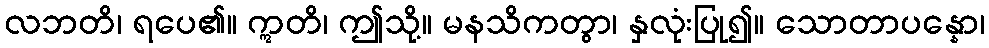
လဘတိ၊ ရပေ၏။ ဣတိ၊ ဤသို့။ မနသိကတွာ၊ နှလုံးပြု၍။ သောတာပန္နော၊